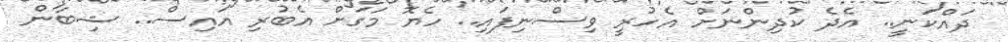
ދައްކަނީ.. އެދެ ކުދިންނަށް އެހުރީ ވިސްނިފައި.. ހެޔޮ މަގަށް އެބުރި އައިސް.. ޝިބާން